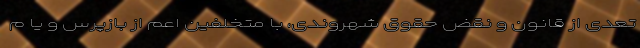
تعدی از قانون و نقض حقوق شهروندی، با متخلفین اعم از بازپرس و یا م